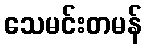
သေမင်းတမန်